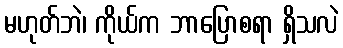
မဟုတ်ဘဲ၊ ကိုယ်က ဘာပြောစရာ ရှိသလဲ